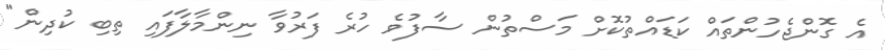
އެ ގޮންޖެހުންތައް ކަޑައްތުކޮށް މަސްތުން ސާފުވެ ހުރެ ފަރުވާ ނިންމާލާފައި ތިބި ކުދިން"